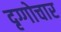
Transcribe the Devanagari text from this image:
दृग्गोचार